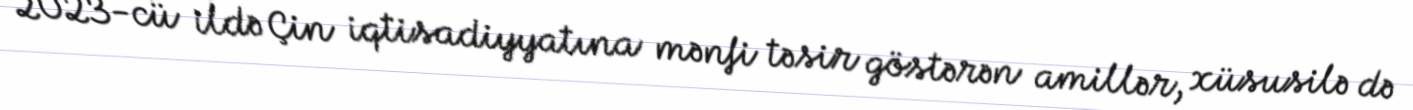
2023-cü ildə Çin iqtisadiyyatına mənfi təsir göstərən amillər, xüsusilə də